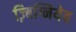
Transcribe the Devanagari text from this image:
ज़्बिग्नियेव